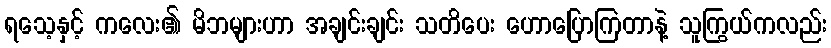
ရသေ့နှင့် ကလေး၏ မိဘများဟာ အချင်းချင်း သတိပေး ဟောပြောကြတာနဲ့ သူကြွယ်ကလည်း